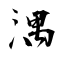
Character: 湡